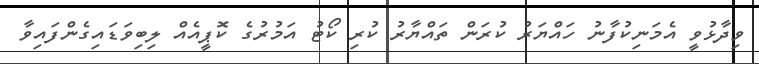
ވިދާޅުވީ އެމަނިކުފާނު ހައްޔަރު ކުރަން ތައްޔާރު ކުރި ކޯޓު އަމުރުގެ ކޮޕީއެއް ލިބިވަޑައިގެންފައިވާ